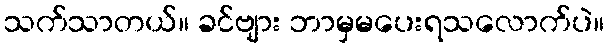
သက်သာတယ်။ ခင်ဗျား ဘာမှမပေးရသလောက်ပဲ။